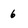
Character: 6